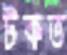
টকত